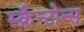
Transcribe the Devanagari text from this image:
स्क्रैन्टोन्स